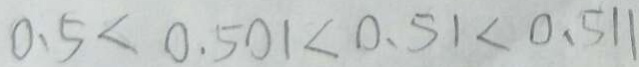
0 . 5 < 0 . 5 0 1 < 0 . 5 1 < 0 . 5 1 1